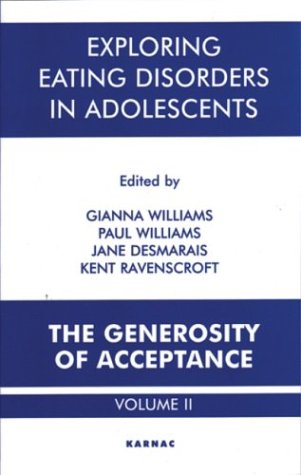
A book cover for Exploring Eating Disorders in Adolescents: The Generosity of Acceptance; Health, Fitness & Dieting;